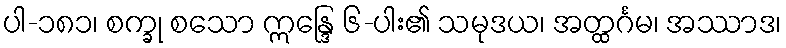
ပါ-၁၈၁၊ စက္ခု စသော ဣန္ဒြေ ၆-ပါး၏ သမုဒယ၊ အတ္ထင်္ဂမ၊ အဿာဒ၊